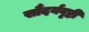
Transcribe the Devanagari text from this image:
सौंदर्यवृष्टी